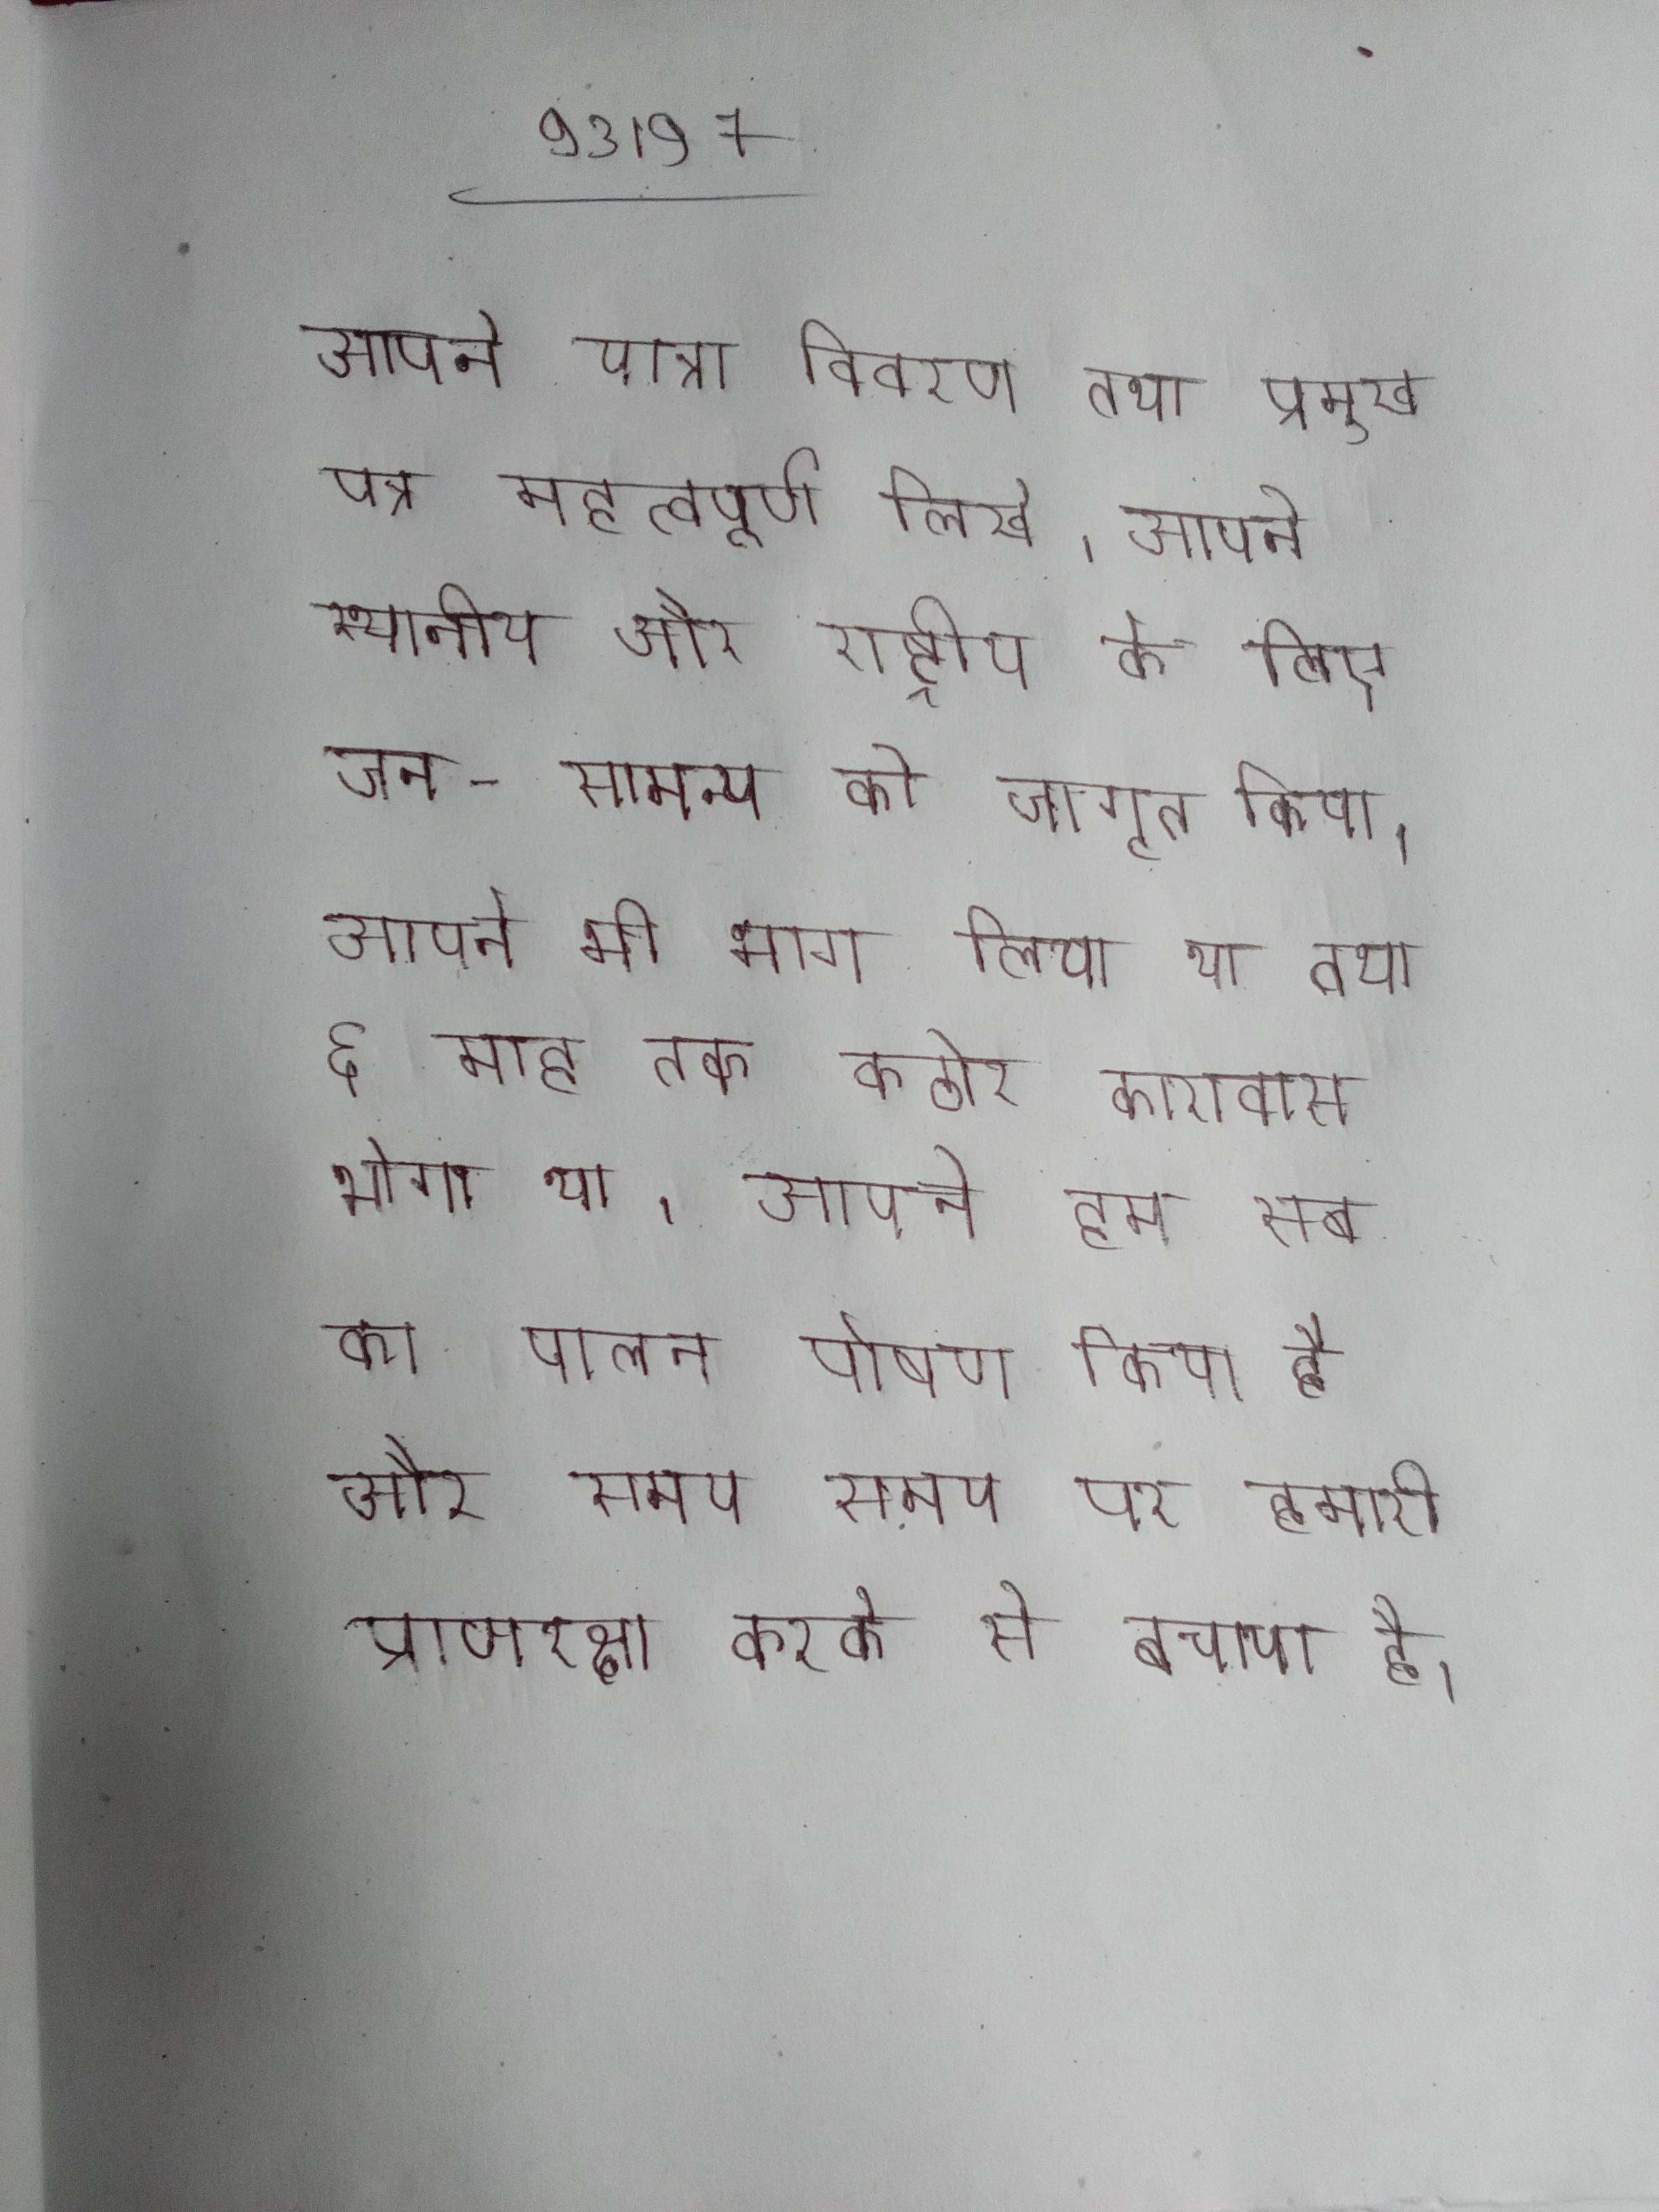
. आपने यात्रा विवरण तथा प्रमुख पत्र महत्वपूर्ण लिखे । आपने स्थानीय और राष्ट्रीय के लिए जन-सामान्य को जागृत किया । आपने भी भाग लिया था तथा ६ माह तक कठोर कारावास भोगा था । आपने हम सब का पालन पोषण किया है और समय समय पर हमारी प्राणरक्षा करके से बचाया है ।